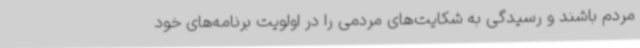
مردم باشند و رسیدگی به شکایت‌های مردمی را در اولویت برنامه‌های خود